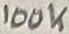
Text: 100K